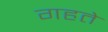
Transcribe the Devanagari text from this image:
गहते